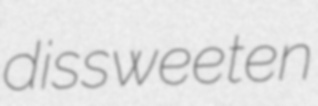
dissweeten